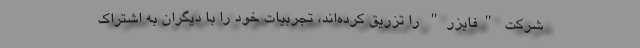
شرکت "فایزر" را تزریق کرده‌اند، تجربیات خود را با دیگران به اشتراک